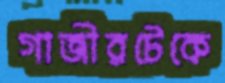
গাজীরটেকে